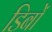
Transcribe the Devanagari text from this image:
डिबों